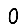
Digit: 0